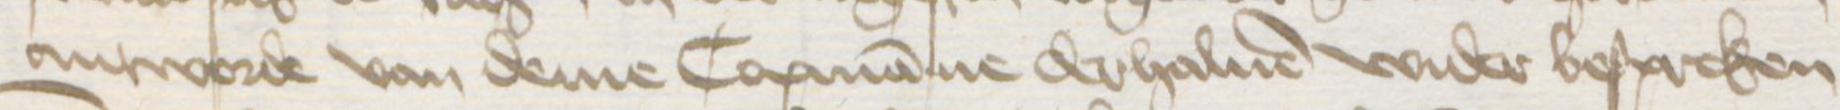
Transcription: antworde van deme Copmanne derhaluen wider bespreken